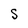
Character: S